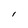
Character: 1